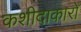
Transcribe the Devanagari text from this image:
कशीदाकारों